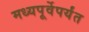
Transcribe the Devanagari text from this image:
मध्यपूर्वेपर्यंत